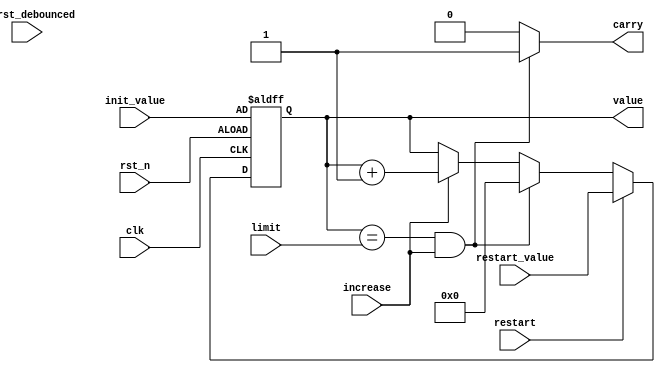
`timescale 1ns / 1ps

module Bcd_Up_Counter(
  output reg [3:0]value,  
  output reg carry,  
  input clk,
  input rst_n, 
  input increase,  
  input [3:0]init_value,  
  input [3:0]restart_value,  
  input [3:0]limit,  
  input pb_rst_debounced,
  input restart
);

reg [3:0] value_tmp; 

always @*
  if ((value == limit) && (increase == 1))  
  begin
    value_tmp = 4'd0;
    carry = 1'b1;
  end
  else if (increase) 
  begin
    value_tmp = value + 1'b1;
    carry = 1'b0;
  end
  else 
  begin
    value_tmp = value;
    carry = 1'b0;
  end

always @(posedge clk or negedge rst_n)
  if (~rst_n) value <= init_value;
  else if (restart==1)  value <= restart_value;
  else value <= value_tmp;

endmodule